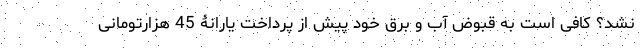
نشد؟ کافی است به قبوض آب و برق خود پیش از پرداخت یارانۀ 45 هزارتومانی